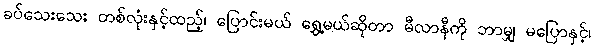
ခပ်သေးသေး တစ်လုံးနှင့်ထည့်၊ ပြောင်းမယ် ရွှေ့မယ်ဆိုတာ မီလာနီကို ဘာမျှ မပြောနှင့်၊